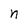
Character: n